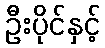
ဦးပိုင်နှင့်